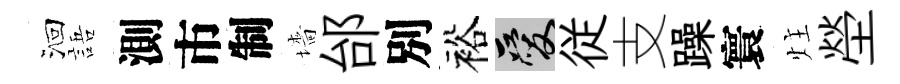
洄語測市制墻邰別裕爱従支躁寰炷塋